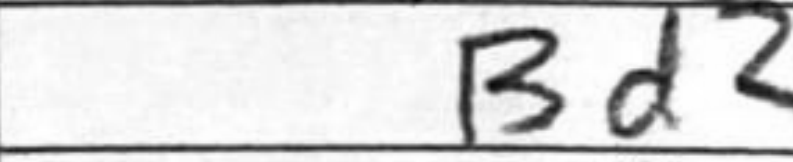
Transcription: Bd2